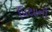
પિયાની